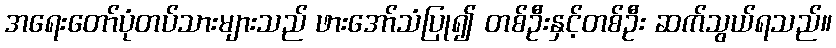
အရေးတော်ပုံတပ်သားများသည် ဖားအော်သံပြု၍ တစ်ဦးနှင့်တစ်ဦး ဆက်သွယ်ရသည်။